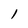
Character: l